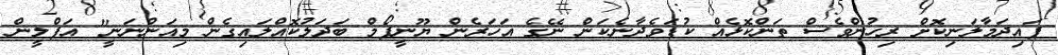
ފައިދަމާލަނިކޮށް ރިހުންވެސް ތަންކޮޅެއް ކުޑަވެދާނެކަން ނޭގެ އަހަރެން ޔޫނީފޯމް ބަދަލުކޮއްލައިގެން މިއަންނަނީ" އަފްލީން